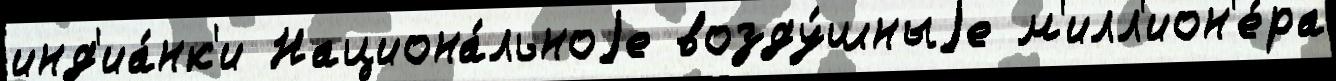
инд'иа́нк'и Национа́льноjе возду́шныjе м'илл'ион'е́ра